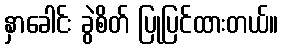
နှာခေါင်း ခွဲစိတ် ပြုပြင်ထားတယ်။